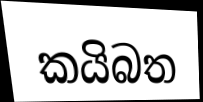
කයිබත